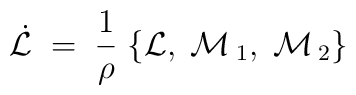
\dot{\cal{L}}\;=\;\frac 1\rho\;\{ {\cal{L}},\;{\cal{M}}\,_1,\; {\cal{M}}\,_2 \}